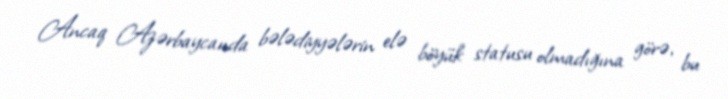
Ancaq Azərbaycanda bələdiyyələrin elə böyük statusu olmadığına görə, bu